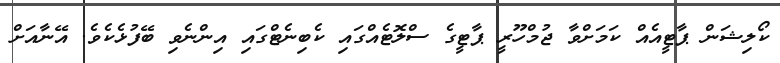
ކޯލިޝަން ޕާޓީއެއް ކަމަށްވާ ޖުމްހޫރީ ޕާޓީގެ ސްލޮޓެއްގައި ކެބިނެޓްގައި އިންނެވި ބޭފުޅެކެވެ. އޭނާއަށް